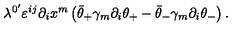
\lambda ^ { 0 ^ { \prime } } \varepsilon ^ { i j } \partial _ { i } x ^ { m } \left( \bar { \theta } _ { + } \gamma _ { m } \partial _ { i } \theta _ { + } - \bar { \theta } _ { - } \gamma _ { m } \partial _ { i } \theta _ { - } \right) . \nonumber